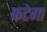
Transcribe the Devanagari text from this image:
फटेगा